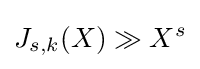
J_{s,k}(X)\gg X^{s}